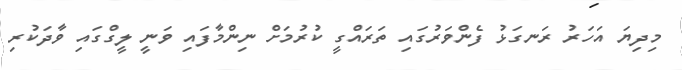
މިދިޔަ އަހަރު ރަނގަޅު ފެންވަރުގައި ތަރައްގީ ކުރުމަށް ނިންމާފައި ވަނީ ލީގްގައި ވާދަކުރި